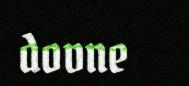
dovne